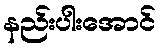
နည်းပါးအောင်